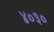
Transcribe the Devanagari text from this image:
४०३०